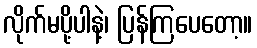
လိုက်မပို့ပါနဲ့၊ ပြန်ကြပေတော့။